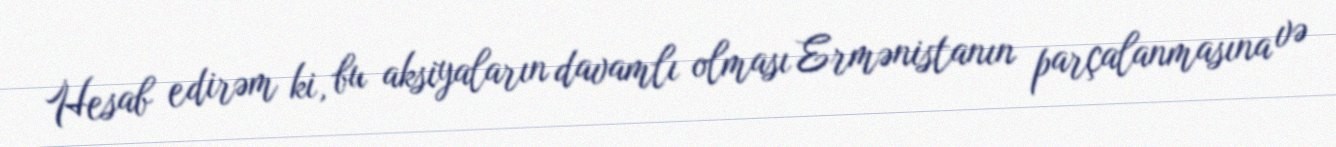
Hesab edirəm ki, bu aksiyaların davamlı olması Ermənistanın parçalanmasına və